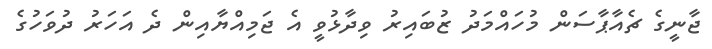
ޖާނީގެ ޗެއާޕާސަން މުހައްމަދު ޒުބައިރު ވިދާޅުވީ އެ ޖަމިއްޔާއިން ދެ އަހަރު ދުވަހުގެ